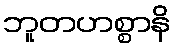
ဘူတဟစ္စာနိ